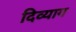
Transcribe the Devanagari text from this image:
दिव्याग